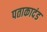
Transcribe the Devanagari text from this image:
पताकादंड